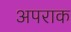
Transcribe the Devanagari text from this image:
अपराक